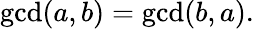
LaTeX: \operatorname*{gcd}(a,b)=\operatorname*{gcd}(b,a).